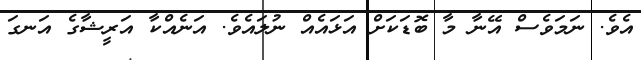
އެވެ. ނަމަވެސް އޭނާ މާ ބޮޑަކަށް އަޅައެއް ނުލައެވެ. އަނެއްކާ އަރީޝާގެ އަނގަ